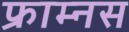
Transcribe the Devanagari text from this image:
फ्राम्नस